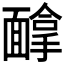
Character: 𱁰